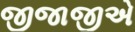
જીજાજીએ